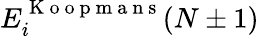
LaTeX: E_{i}^{\mathrm{~K~o~o~p~m~a~n~s~}}(N\pm 1)